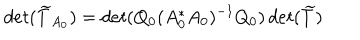
LaTeX: d e t ( \widetilde { T } _ { A _ { 0 } } ) = d e t ( Q _ { 0 } ( A _ { 0 } ^ { * } A _ { 0 } ) ^ { - 1 } Q _ { 0 } ) \, d e t ( \widetilde { T } )